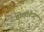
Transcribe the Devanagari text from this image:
होलीडेज